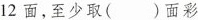
12面，至少取()面彩